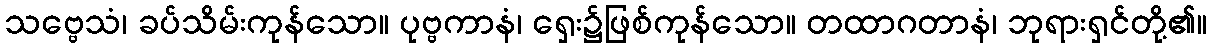
သဗ္ဗေသံ၊ ခပ်သိမ်းကုန်သော။ ပုဗ္ဗကာနံ၊ ရှေး၌ဖြစ်ကုန်သော။ တထာဂတာနံ၊ ဘုရားရှင်တို့၏။